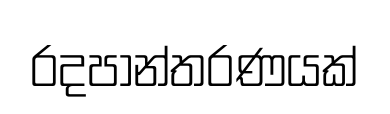
රදපාන්තරණයක්